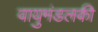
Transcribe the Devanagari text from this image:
वायुमंडलकी